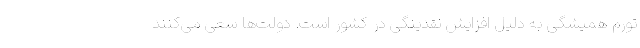
تورم همیشگی به‌ دلیل افزایش نقدینگی در کشور است. دولت‌ها سعی می‌کنند